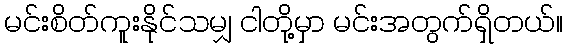
မင်းစိတ်ကူးနိုင်သမျှ ငါတို့မှာ မင်းအတွက်ရှိတယ်။